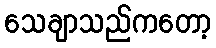
သေချာသည်ကတော့